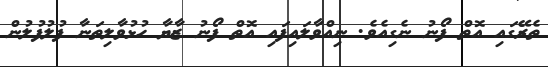
ތެރޭގައި އޮތް ފޯނު ނެގިއެވެ. ނިއްވާލައިފައި އޮތް ފޯނު ޒާޔާ ހުޅުވާލިތަނާ ފުލުފުލުން